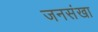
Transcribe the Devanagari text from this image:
जनसंखा